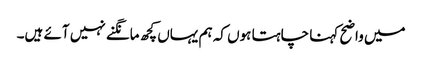
میں واضح کہنا چاہتا ہوں کہ ہم یہاں کچھ مانگنے نہیں آئے ہیں۔